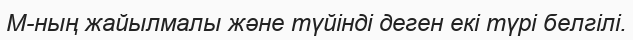
М-ның жайылмалы және түйінді деген екі түрі белгілі.